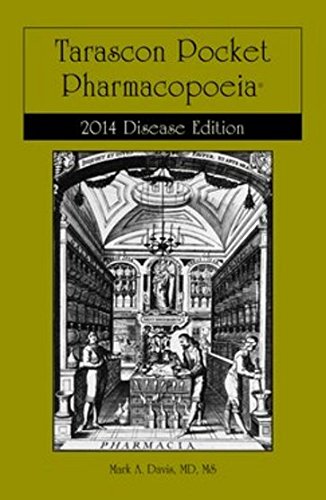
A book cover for Tarascon Pocket Pharmacopoeia 2014 Disease Edition; Mark A. Davis; Medical Books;